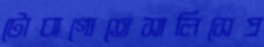
টোবাগোতেসালিসেপ্র